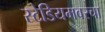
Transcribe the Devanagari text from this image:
स्टेडियमवरचा